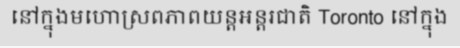
នៅក្នុងមហោស្រពភាពយន្តអន្តរជាតិ Toronto នៅក្នុង